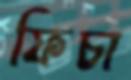
ফিচা